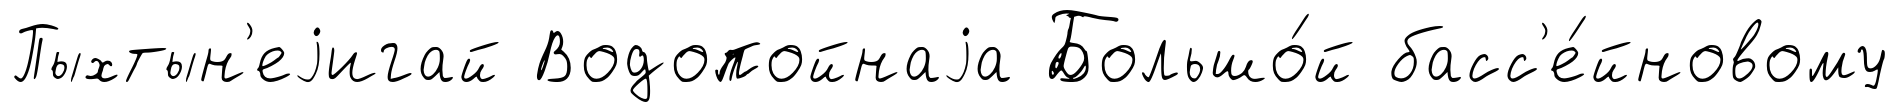
Пыхтын'еjигай Водопойнаjа Большо́й басс'е́йновому